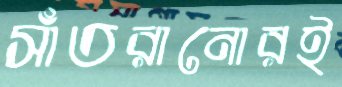
সাঁতরানোরই